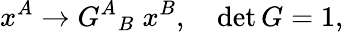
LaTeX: x^{A}\rightarrow{G^{A}}_{B}\; x^{B},\quad\operatorname*{d\mathrm{e}t}G=1,